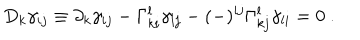
LaTeX: D _ { k } \gamma _ { i j } \equiv \partial _ { k } \gamma _ { i j } - \Gamma _ { k i } ^ { l } \gamma _ { l j } - ( - ) ^ { i j } \Gamma _ { k j } ^ { l } \gamma _ { l i } = 0 \ .